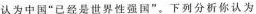
认为中国”已经是世界性强国”。下列分析你认为